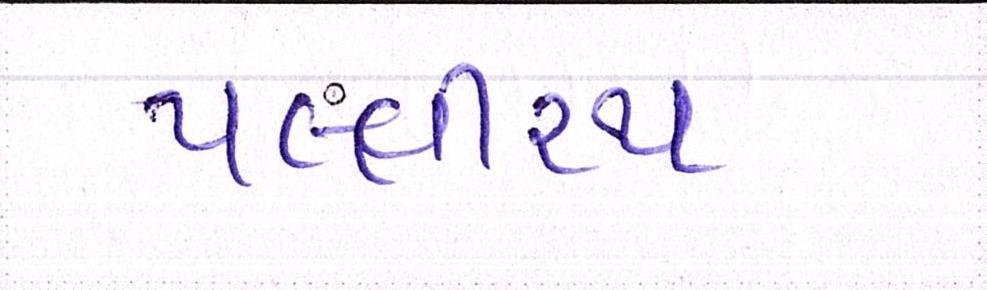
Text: પલ્લીરથ